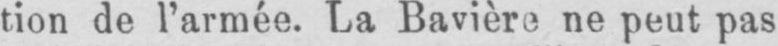
tion de l’armée. La Bavière ne peut pas